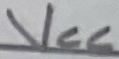
Text: Vcc